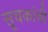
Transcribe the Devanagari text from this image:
सूचकांची